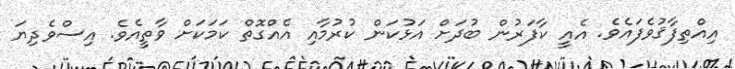
އިއްތިފާޤުވެފައެވެ. އެއީ ކާފަރުން ބުދަށް އަޅުކަން ކުރުމާއި އެއްގޮތް ކަމަކަށް ވާތީއެވެ. އިސްވެދިޔަ